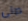
صلى